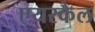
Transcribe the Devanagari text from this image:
एयरकैल